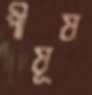
পীষূষ